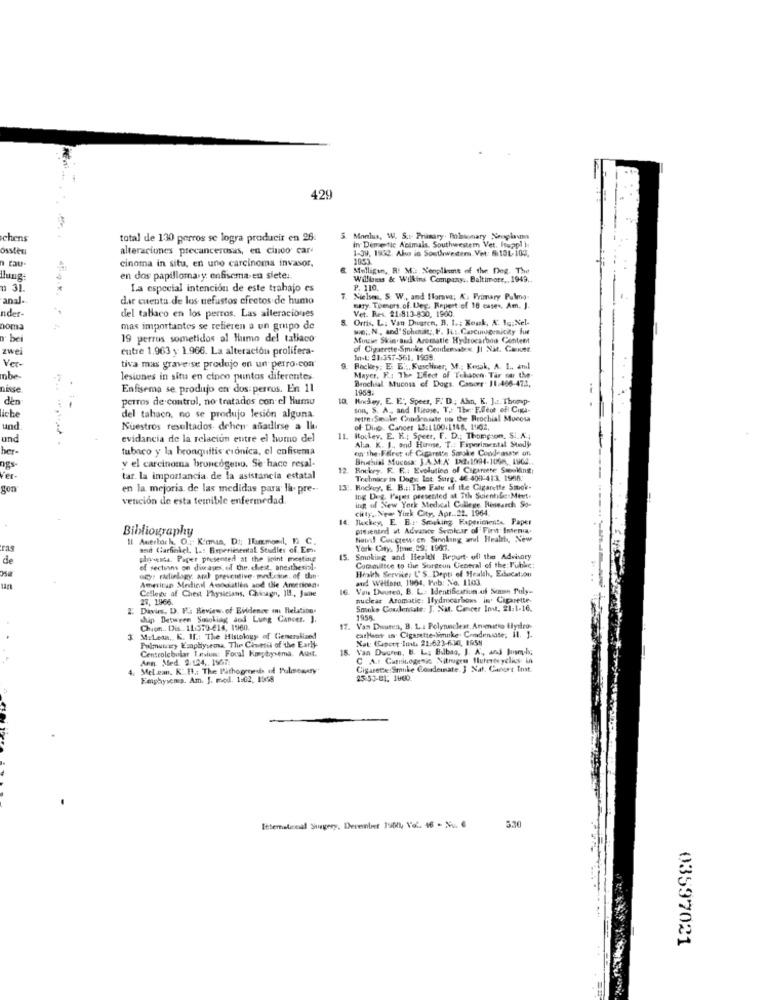
429
chens
total de 130 perros se logra producir en 26.
5. Monlus, W. S .:- Primary. Palatomary Seplans
in Demestic Animals, Southwestem Vet. Huapl ):
..
osstesi
alteraciones precancerosas, en cinco car
1-39, 1952. Ako is Southwestern. Vet: 6:13L-103.
a rau-
cinoma in situ, en uno carcinoma invasor.
10455
Mulligan. R. M .: Xenglimt of the Deg. The
. .
en dos papillomary enfisema en siete :.
Willlonas & Wilkins Company .. Baltimore ,. 1949 ..
u 31.
La especial intención de este trabajo es
P. 110.
anal-
dar cuenta de los nefustos efectos de humo
7. Nelses, S. W ., and florava; K. Primary Pulmo-
nder-
del tabaco en los perros. Las alteraciones
bary. Theors. of Leg. Report :of 18 cases. Am. J.
Ortis, L: Van Dusten, B. I .; Kouk, A: 16;Nel-
Vet. Rex. 21:813-830, 1900.
noma
mas importantes se refieren a un grupo de
wie ;, N ., and' Schotst ;, H. ILs. Carcungenicity fue
bei
19 perros sometidos al Humo del tablaco
Muule Skin.and Aromatie Hydrocarbon Contem
zwei
entre 1.963 y 1.966. La alteración prolifera-
of Cigarette Smoke Condemates JI Nit. Caner
Ver-
Att: 21:357-561. 1965.
tiva mas grave se produjo en un perro.com
Rockey: E: El :, Kuschiner, M .; Kosak, A. 1 ., and
mbe
lesiones in situ en cinco puntos diferentes
Brochial Mucosa of Dogs. Cancer- 11:466-471,
Mayer, K: The Effect of Tehapen Tar car the-
nisse
Enfisema se produjo en dos perros. En 11
1959.
den
perros de control, no tratados con el Humu
Howdey, E. E", Speer, F. D ., Ahn, K. J .:. Thomp-
Son, S. A. and Iticose. T .: The F.Weot ofi Cina-
iche
del tabaco, no se produjo lesión alguna.
Petr Smake Condessate oo the Brochial Mucosa
und
Nuestros resultados dehen añadirse a Ile
of Ding. Cancer 15:1.100.1148, 1962,
und
evidancia de la relación entre el humo del
11.
Itouley. E. R .; Speer, F. D .; Thompson, Si. N';
Al:a. K. I ., and Hirose, T .: Fiperimental Stody
her-
tubaco y la bronquitis crónica, el enfisema
on the Ffiret of Cigarette Soroke Condcasase of.
Bruthial Mucosa: J.A.M.A' 12.1094-1098, 1964 ..
ngs-
y el carcinoma broncogenu. Se hace resal-
12 Rnekry. F. F ..: Evolution of Cigarette Smoking
Ver-
tar. la importancia de la asistancia estatal
Thehnicy in Dogs lot Surg, 46-409-413. 1966:
gen"
en la mejoria. de las medidas para la. pre-
13 :. Rockey, E. B .:: The Fate of the Cigarette Smook-
vencion de esta temible enfermedad.
Ing Deg. Paper presented at 7the Scientific Meet.
ing of New York Medical College Rinearch So-
city, New York City, Apt .. 22. 1964.
14.
Rickey, E. B: Smoking Faperichente Paper
Bibliography
presented at Advance Semlear of First Interna,
Il Auerbach. O .; K'mia, Di: Hammond, n C.
Naws! Congressi en Sengkang adl Health, New
saint Garfinkel. L .: Experimental Studies of Em.
York City, Jisne, 29: 1901.
de
ploveits. Paper presented at the joint meeting
15.
Smoking and Health Report- off the Advisory
of secturns on diseases of the chest, anesthesial-
Committee to the Surgeun General of the Public:
Hrakh Servile: CS. Depti of Health, Education
scy: malinlagy, and preventive. pnf.cion. of the-
and Welfare, 1964. Pob: No. 1103.
un
College af Chest Physicians, Chicago, Il1, June
American Medical Anodistien and the American
16. Vans Duuren, B. L .: Identification.af Somme Puly ..
28. 1966.
nuclear Aromatic: Hlydmcarbons in Cigarette-
2 Divis, D. P .: Review. of Biddence a Relation.
Smoke Coudeniate: J. Nit. Concer Inst, 21:1-16.
ship Between Saioliag and Lung Cancer. 1.
1958
Chien .. Dis. 11:579-614, 1960.
17. Van Duure:a, B. L .: Polynuclest, Aromatto flydro-
3 Milesn, K. IL .: The Histology of Generalized
Pulmutczy Esoplyseosa. The Chetil of the Early
catHant in CigaretterSimnke Condensate; il. J.
Centrolebular Ievium: Foual Konytrysema. Auit.
Van Duuren, B. L; Bilbao, J. K ., and Buseyel;
Ann. Med. 2:124 ,. 1967:
C A .: Carcinogenic Nitrogen Mutertcyclis in
4. Mel.em. K'.11 .: The Pathogenesis of Pulsosury"
Cigarette:Smuke Coudeinate. 3 Nat. Cancer Inst.
Feiphysemia. Am. J. mod. 1:02, 10668
25:53-01: 1600.
ItSematicesal Surgery, Derentrer 1900, Vol. 16 - Nu. 6
530
03597021